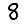
Digit: 8